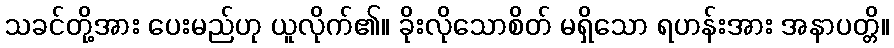
သခင်တို့အား ပေးမည်ဟု ယူလိုက်၏။ ခိုးလိုသောစိတ် မရှိသော ရဟန်းအား အနာပတ္တိ။